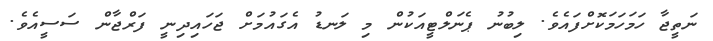
ނަތީޖާ ހަމަހަމަކޮށްފައެވެ. ލިބުނު ޕެނަލްޓީއަކުން މި ލަނޑު އެގައުމަށް ޖަހައިދިނީ ފަރްޖާން ސަސީއެވެ.